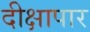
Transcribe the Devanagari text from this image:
दीक्षापार